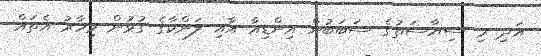
އަދި މި ސިޔާސަތުގެ ސަބަބުން އިންޑިއާ އާއި ލަންކާގެ ގުޅުން މިހާރު އެތައް